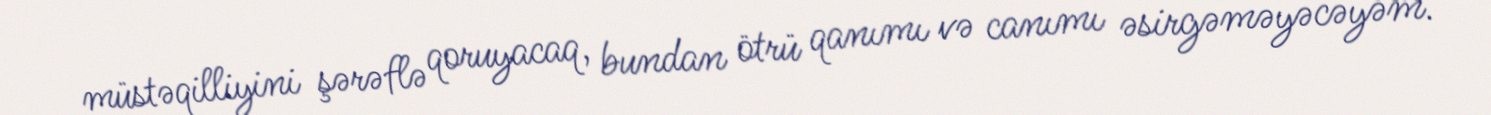
müstəqilliyini şərəflə qoruyacaq, bundan ötrü qanımı və canımı əsirgəməyəcəyəm.